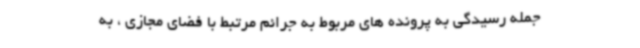
جمله رسیدگی به پرونده های مربوط به جرائم مرتبط با فضای مجازی ، به